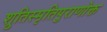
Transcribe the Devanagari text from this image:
श्रुतिस्मृतिपुराणोक्त